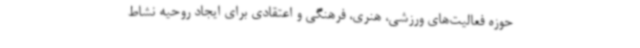
حوزه فعالیت‌های ورزشی، هنری، فرهنگی و اعتقادی برای ایجاد روحیه نشاط